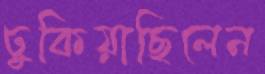
ঢুকিয়াছিলেন